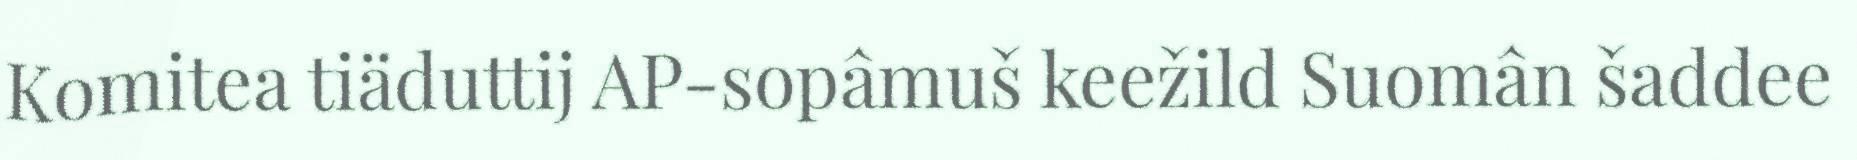
Komitea tiäduttij AP-sopâmuš keežild Suomân šaddee